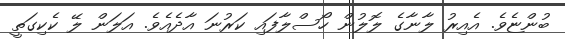
ބުންޏެވެ. އެއިރު ލާނާގެ ލޮލުން ހޯސްލާފައި ކަރުނަ އާދެއެވެ. އަލަން ލޭ ކެކިގަތީ